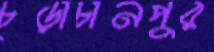
চূড়াচানপুর